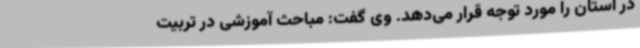
در استان را مورد توجه قرار می‌دهد. وی گفت: مباحث آموزشی در تربیت